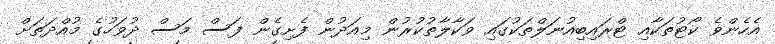
އެހެންވެ ކޯޓުތަކާއި ޓްރައިބިއުނަލްތަކުގައި ވަކާލާތުކުރުން މިއަދުން ފެށިގެން ފަސް މަސް ދުވަހުގެ މުއްދަތަށް